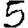
Digit: 5